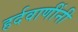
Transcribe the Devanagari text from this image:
हर्दवाणींनी